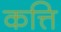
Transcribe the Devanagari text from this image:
कत्ति